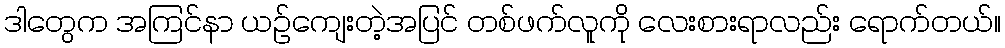
ဒါတွေက အကြင်နာ ယဉ်ကျေးတဲ့အပြင် တစ်ဖက်လူကို လေးစားရာလည်း ရောက်တယ်။